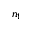
n _ { 1 }